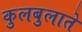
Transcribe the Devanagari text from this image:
कुलबुलाते